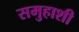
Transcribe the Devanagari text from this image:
समुहाशी